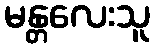
မန္တလေးသူ